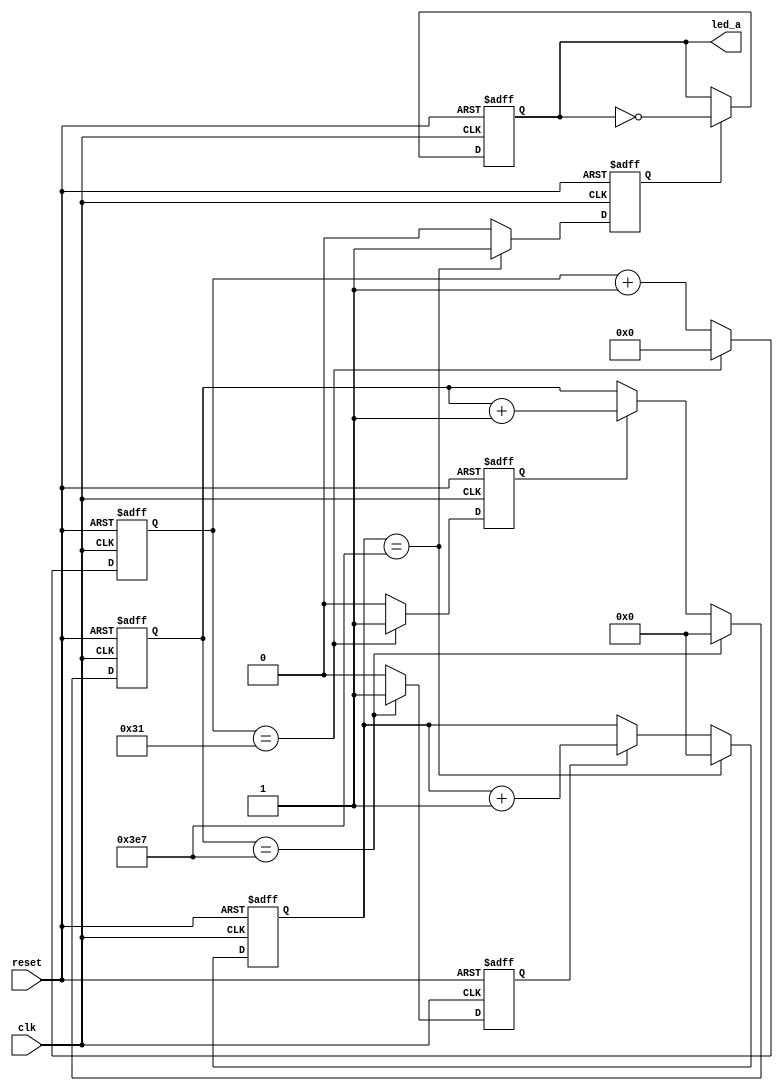
// This program was cloned from: https://github.com/abdelazeem201/ASIC-Design-Roadmap
// License: MIT License

// 1second_test 
`timescale 1 ns / 1 ns

module led_1second(
             clk,
             reset,
             led_a
             );
input  clk;
input  reset;
output led_a;   

reg reg_led_a;


reg reg_1s_flag;
reg reg_ms_flag;
reg reg_us_flag;
//reg reg_1m_flag;
//reg [5:0] reg_s_count;
reg [9:0] reg_ms_count;
reg [9:0] reg_us_count;
reg [5:0] reg_clk_count;

//begin 1

//clk50 50MHZ20ns1000ms = 1
always @(posedge clk or negedge reset)
begin
  if (~reset)
     reg_clk_count <= 6'b00000;
  else  if( reg_clk_count == 49) reg_clk_count <= 6'b00000;
  else  reg_clk_count <= reg_clk_count + 1;
end

//1us reg_us_flag
always @(posedge clk or negedge reset)
begin
  if (~reset)
     reg_us_flag <= 0;
  else  if( reg_clk_count == 49) reg_us_flag <= 1;
  else  reg_us_flag <= 0;
end
//us 1000us 1
always @(posedge clk or negedge reset)
begin
  if (~reset)
     reg_us_count <= 0;
  else  if( reg_us_count == 999) reg_us_count <= 10'h000;
  else  if( reg_us_flag) reg_us_count <= reg_us_count + 1;
end

//1ms reg_ms_flag
always @(posedge clk or negedge reset)
begin
  if (~reset)
     reg_ms_flag <= 0;
  else  if( reg_us_count == 999) reg_ms_flag <= 1;
  else  reg_ms_flag <= 0;
end
//ms 1000ms 1
always @(posedge clk or negedge reset)
begin
  if (~reset)
     reg_ms_count <= 0;
  else  if( reg_ms_count == 999) reg_ms_count <= 10'h000;
  else  if( reg_ms_flag) reg_ms_count <= reg_ms_count + 1;
end

//1s reg_1s_flag
always @(posedge clk or negedge reset)
begin
  if (~reset)
     reg_1s_flag <= 0;
  else  if( reg_ms_count == 999) reg_1s_flag <= 1;
  else  reg_1s_flag <= 0;
end


always @(posedge clk or negedge reset)
begin
  if (~reset)
     reg_led_a <= 0;
  else  if( reg_1s_flag == 1) reg_led_a <= ~reg_led_a;
  else  reg_led_a <= reg_led_a;
end

assign led_a = reg_led_a ;


endmodule